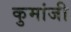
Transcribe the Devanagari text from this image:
कुमांजी